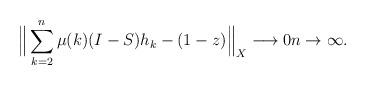
LaTeX: \begin{align*} \Big\| \sum\limits_{k=2}^{n} \mu(k)(I-S)h_k - (1-z) \Big\|_{X} \longrightarrow 0 n \to \infty. \end{align*}